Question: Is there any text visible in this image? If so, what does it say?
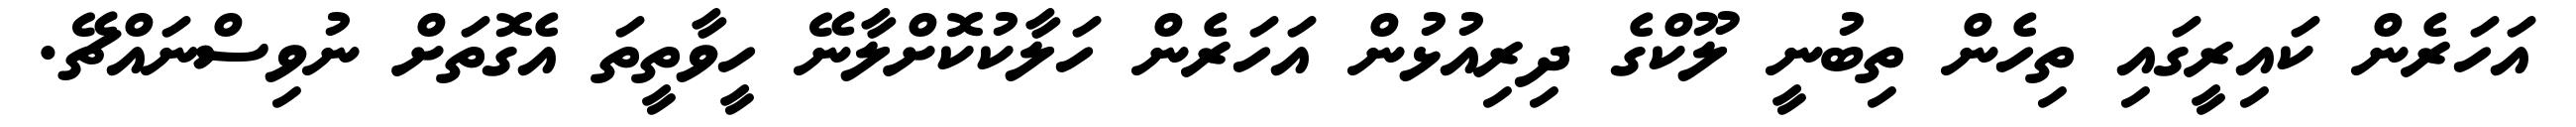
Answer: އަހަރެން ކައިރީގައި ތިހެން ތިބުނީ ލޫކްގެ ދިރިއުޅުން އަހަރެން ހަލާކުކޮށްލާނޭ ހީވާތީތަ އެގޮތަށް ނުވިސްނައްޗޭ.